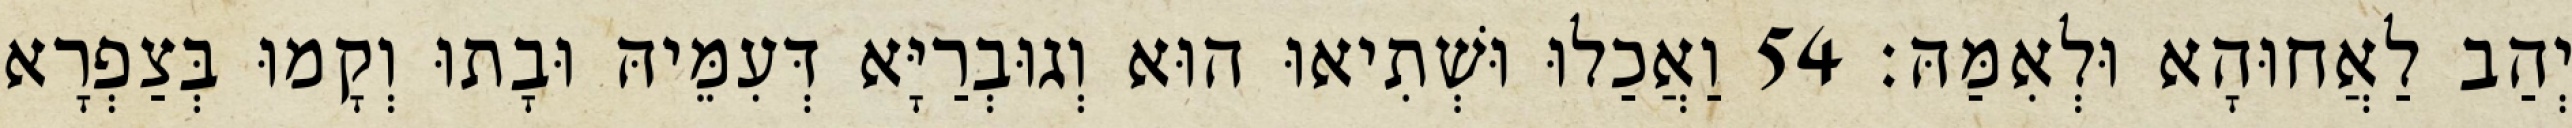
יְהַב לַאֲחוּהָא וּלְאִמַּהּ׃ 54 וַאֲכַלוּ וּשְׁתִיאוּ הוּא וְגוּבְרַיָּא דְּעִמֵּיהּ וּבָתוּ וְקָמוּ בְּצַפְרָא